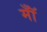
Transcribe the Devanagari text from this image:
मॉँ